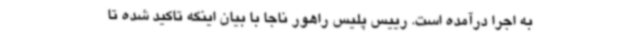
به اجرا درآمده است. رییس پلیس راهور ناجا با بیان اینکه تاکید شده تا